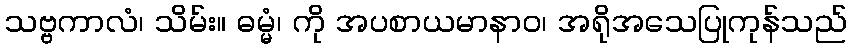
သဗ္ဗကာလံ၊ သိမ်း။ ဓမ္မံ၊ ကို အပစာယမာနာဝ၊ အရိုအသေပြုကုန်သည်